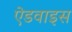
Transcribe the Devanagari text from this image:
ऐडवाइस